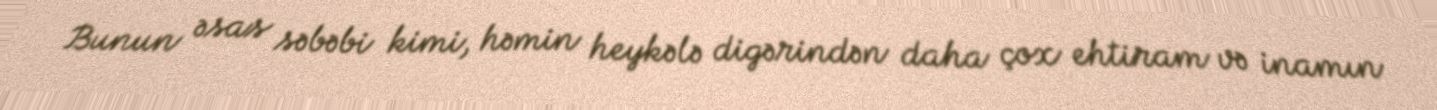
Bunun əsas səbəbi kimi, həmin heykələ digərindən daha çox ehtiram və inamın